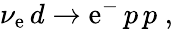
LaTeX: \nu_{\mathrm{e}}\, d\to\mathrm{e}^{-}\, p\, p\; ,